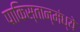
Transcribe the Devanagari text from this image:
पाकिस्तान्मंध्ये